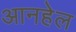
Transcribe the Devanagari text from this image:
आनहेल